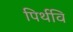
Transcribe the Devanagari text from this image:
पिर्थवि